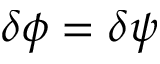
\delta \phi = \delta \psi